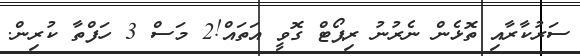
ސަރުކާރާއި ތޮޅެން ނެރުނު ރިޕޯޓް ގޮވީ އަތައް!2 މަސް 3 ހަފްތާ ކުރިން.